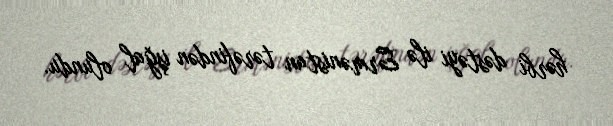
hərbi dəstəyi ilə Ermənistan tərəfindən işğal olundu.